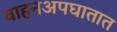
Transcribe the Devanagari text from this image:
वाहनअपघातात